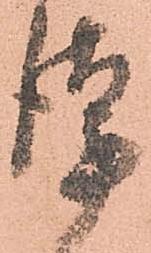
謹